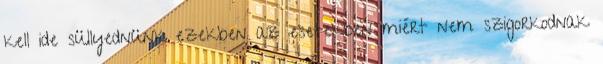
kell ide süllyednünk ezekben az esetekben miért nem szigorkodnak